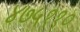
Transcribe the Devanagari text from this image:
४७५११०